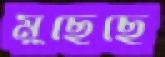
মুছেছে